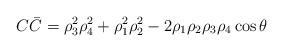
LaTeX: \begin{align*}C\bar{C}=\rho_3^2\rho_4^2+\rho_1^2\rho_2^2-2\rho_1\rho_2\rho_3\rho_4\cos{\theta}\end{align*}